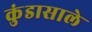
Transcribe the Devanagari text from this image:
कुंडासाले